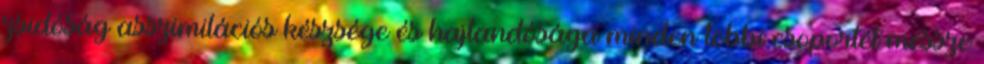
zsidóság asszimilációs készsége és hajlandósága minden többi csoportét messze